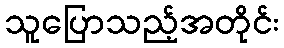
သူပြောသည့်အတိုင်း